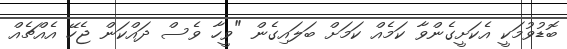
ބޮޑުވުމަކީ އެކަށީގެންވާ ކަމެއް ކަމަށް ބަލައިގެން "ވީހާ ވެސް ދައްކަން ޖެހޭ އެއްޗެއް